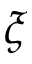
\xi